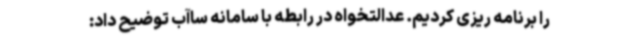
را برنامه ریزی کردیم. عدالتخواه در رابطه با سامانه ساآب توضیح داد: